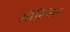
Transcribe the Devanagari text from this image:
ओरियंस